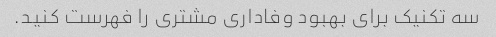
سه تکنیک برای بهبود وفاداری مشتری را فهرست کنید.